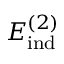
E _ { \mathrm { i n d } } ^ { ( 2 ) }